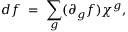
d f \; = \; \sum _ { g } ( \partial _ { g } f ) \chi ^ { g } ,